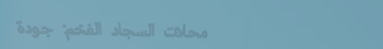
محلات السجاد الفخم: جودة